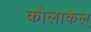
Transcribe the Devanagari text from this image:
कोलाकेल्